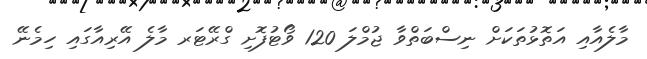
މާލެއާއި އަތޮޅުތަކަށް ނިސްބަތްވާ ޖުމްލަ 120 ވޯޓުފޮށި ގްރޭޓަރ މާލެ އޭރިއާގައި ހިމެނޭ